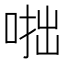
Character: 𠶯